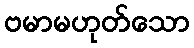
ဗမာမဟုတ်သော